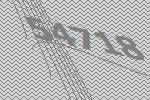
54718